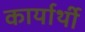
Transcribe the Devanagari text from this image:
कार्यार्थी